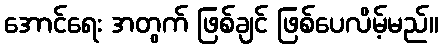
အောင်ရေး အတွက် ဖြစ်ချင် ဖြစ်ပေလိမ့်မည်။